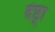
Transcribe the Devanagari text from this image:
दंष्ट्रा